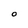
Character: O